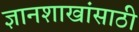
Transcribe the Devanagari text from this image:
ज्ञानशाखांसाठी